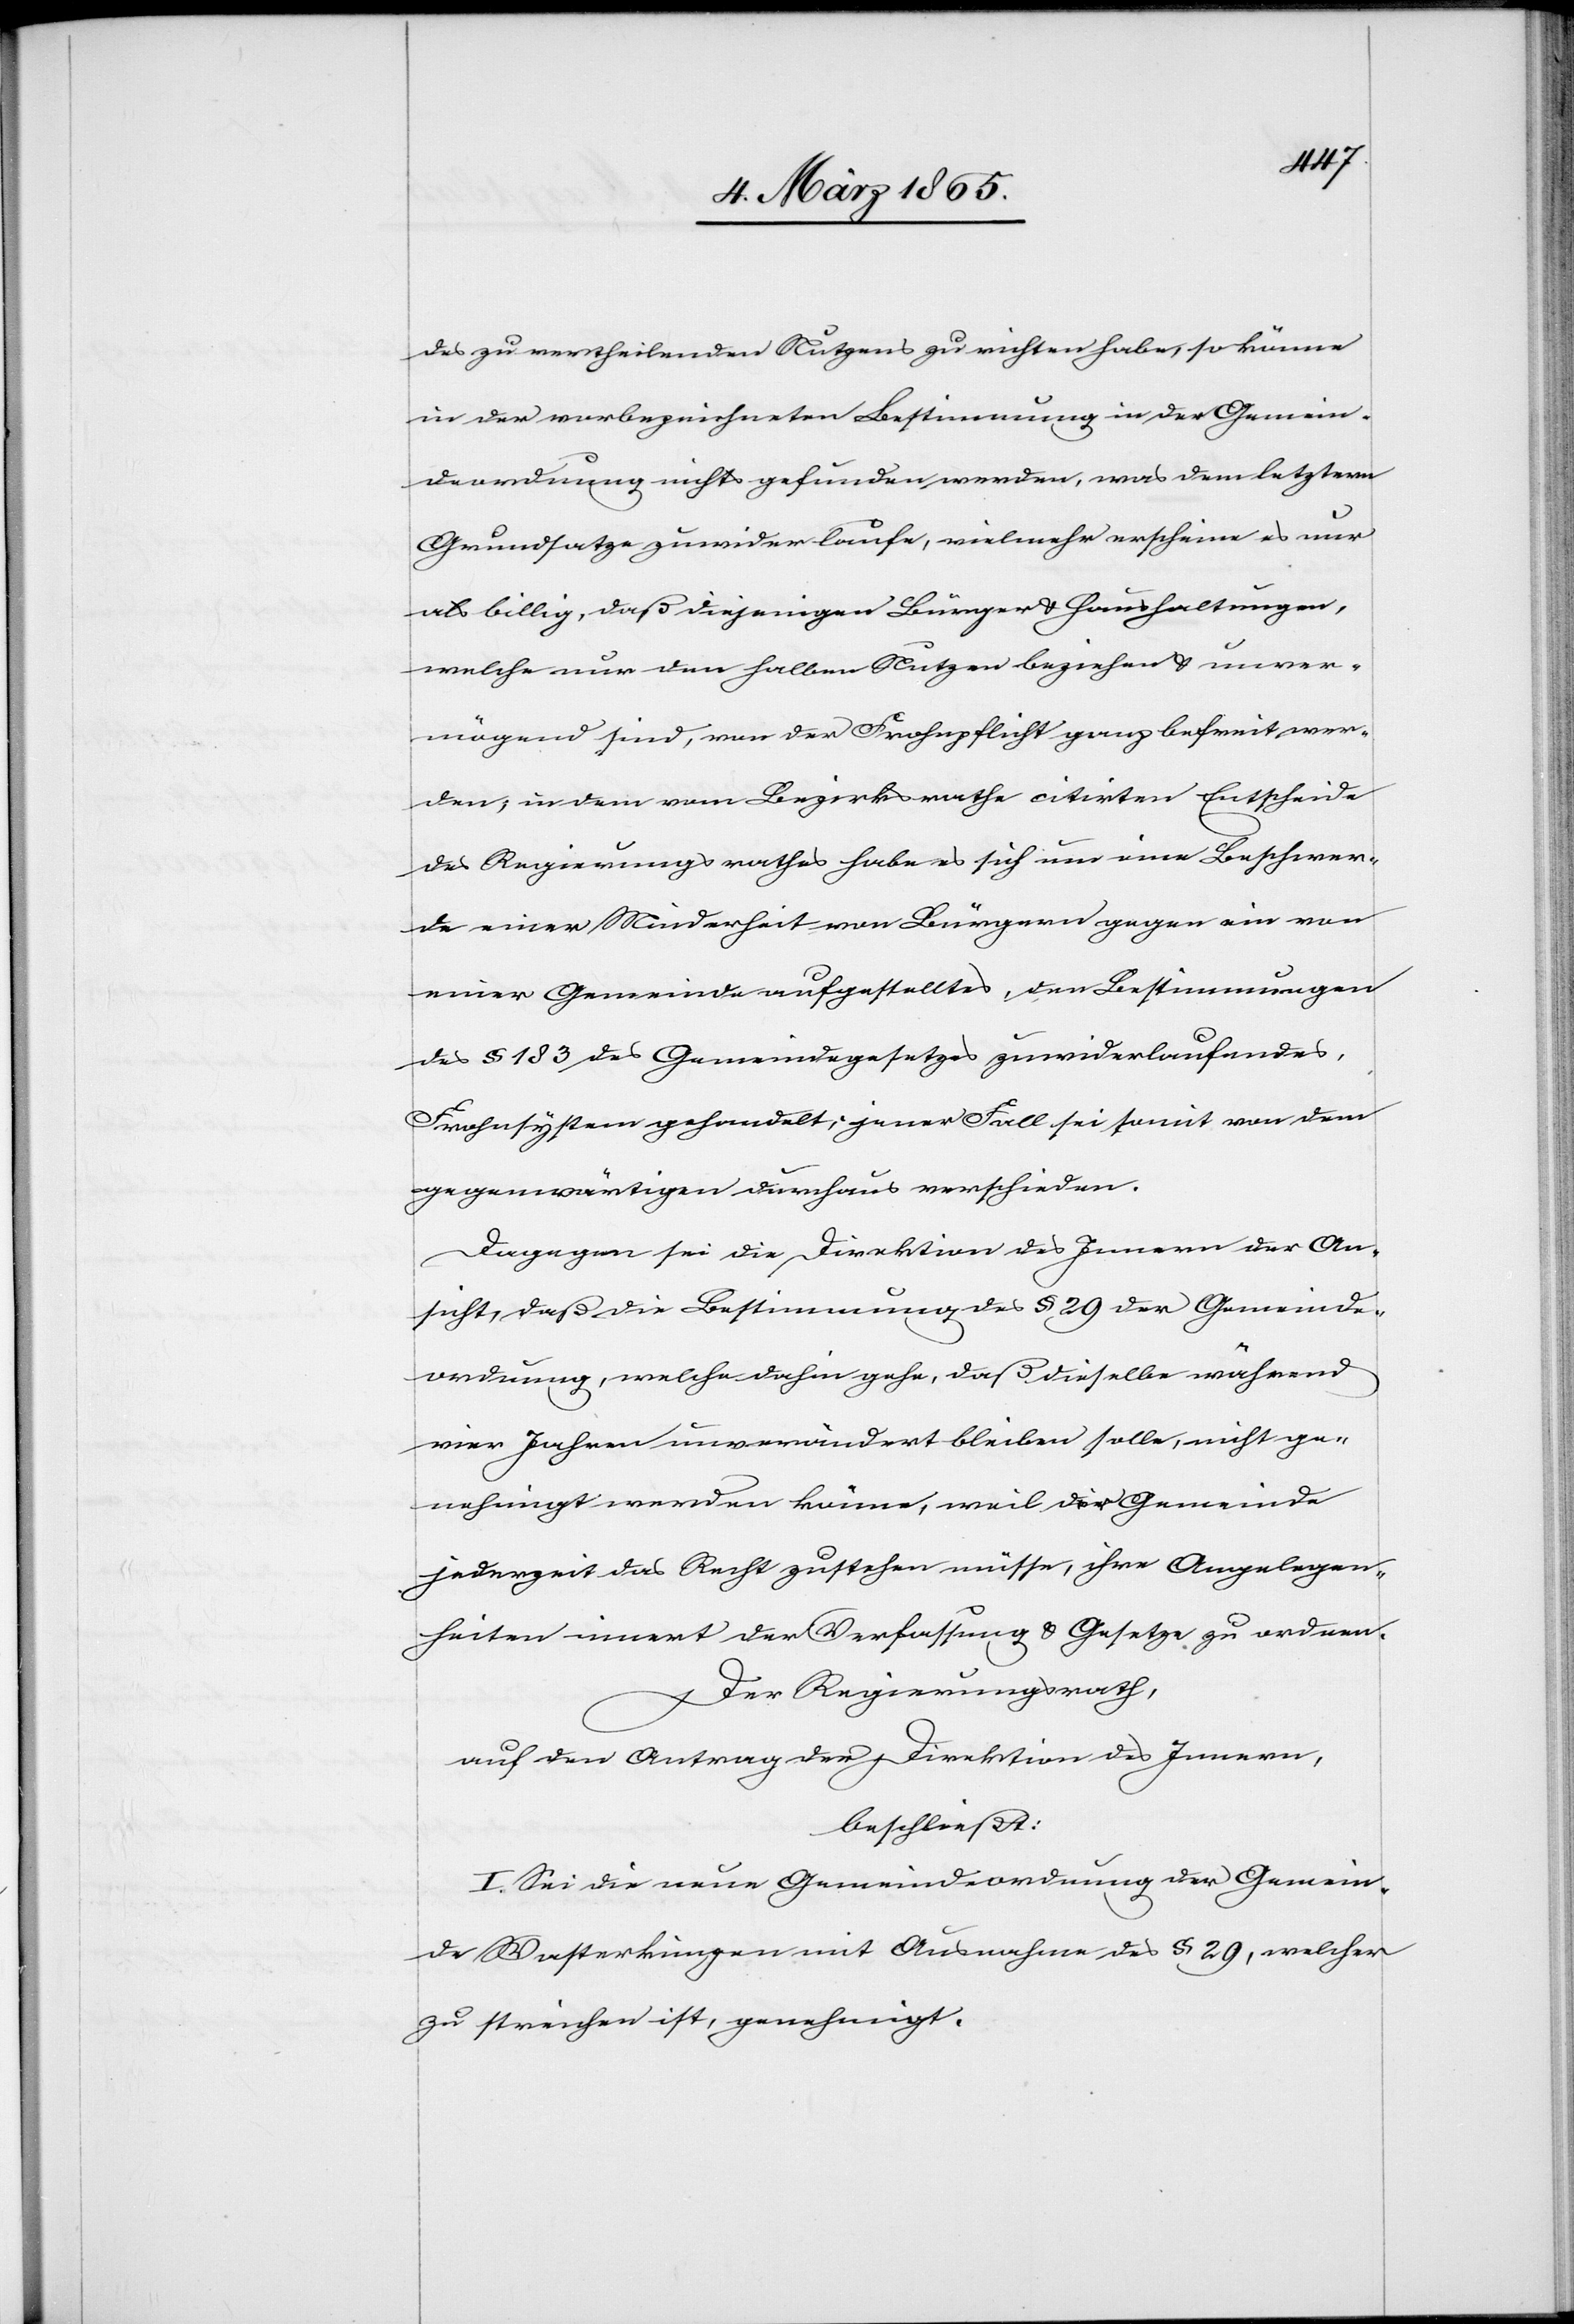
des zu vertheilenden Nutzens zu richten habe, so könne
in der vorbezeichneten Bestimmung in der Gemein¬
deordnung nichts gefunden werden, was dem letztern
Grundsatze zuwiderlaufe, vielmehr erscheine es nur
als billig, daß diejenigen Bürger u. Haushaltungen,
welche nur den halben Nutzen beziehen u. unver¬
mögend sind, von der Frohnpflicht ganz befreit wer¬
den; in dem vom Bezirksrathe citirten Entscheide
des Regierungsrathes habe es sich um eine Beschwer¬
de einer Minderheit von Bürgern gegen ein von
einer Gemeinde aufgestelltes, den Bestimmungen
des § 183 des Gemeindegesetzes zuwiderlaufendes,
Frohnsystem gehandelt; jener Fall sei somit von dem
gegenwärtigen durchaus verschieden.
Dagegen sei die Direktion des Innern der An¬
sicht, daß die Bestimmung des § 29 der Gemeinde¬
ordnung, welche dahin gehe, daß dieselbe während
vier Jahren unverändert bleiben solle, nicht ge¬
nehmigt werden könne, weil der Gemeinde
jederzeit das Recht zustehen müsse, ihre Angelegen¬
heiten innert der Verfassung u. Gesetze zu ordnen.
Der Regierungsrath,
auf den Antrag der Direktion des Innern,
beschließt:
I. Sei die neue Gemeindeordnung der Gemein¬
de Wasterkingen mit Ausnahme des § 29, welcher
zu streichen ist, genehmigt.